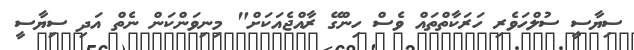
ސިޔާސީ ސުލްހަވެރި ހަރަކާތްތައް ވެސް ހިންގޭ ރާއްޖެއަކަށް" މިނިވަންކަން ނެތް އަދި ސިޔާސީ